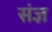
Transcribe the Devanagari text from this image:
संज्ञ